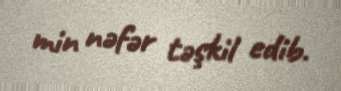
min nəfər təşkil edib.